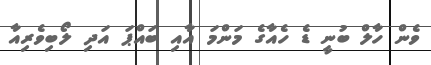
ވެން ހާލް ބުނީ ޑެ ހެއާގެ މަންމަ އާއި ބައްޕަ އަދި ލޯބިވެރިއާ